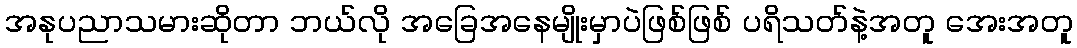
အနုပညာသမားဆိုတာ ဘယ်လို အခြေအနေမျိုးမှာပဲဖြစ်ဖြစ် ပရိသတ်နဲ့အတူ အေးအတူ